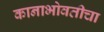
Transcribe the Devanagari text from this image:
कानाभोवतीचा